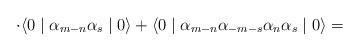
LaTeX: \begin{align*}\cdot \langle 0 \mid {\alpha}_{m-n} {\alpha}_s \mid 0 \rangle +\langle 0 \mid {\alpha}_{m-n} {\alpha}_{-m-s} {\alpha}_n{\alpha}_s \mid 0 \rangle =\end{align*}